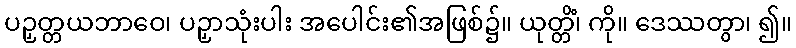
ပဉှတ္တယဘာဝေ၊ ပဉှာသုံးပါး အပေါင်း၏အဖြစ်၌။ ယုတ္တိံ၊ ကို။ ဒေဿတွာ၊ ၍။